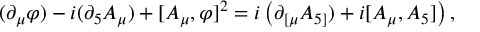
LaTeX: ( \partial _ { \mu } \varphi ) - i ( \partial _ { 5 } A _ { \mu } ) + [ A _ { \mu } , \varphi ] ^ { 2 } = i \left( \partial _ { \lbrack \mu } A _ { 5 ] } ) + i [ A _ { \mu } , A _ { 5 } ] \right) ,